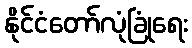
နိုင်ငံတော်လုံခြုံရေး